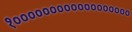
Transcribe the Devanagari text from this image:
१००००००००००००००००००